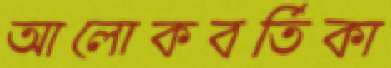
আলোকবর্তিকা